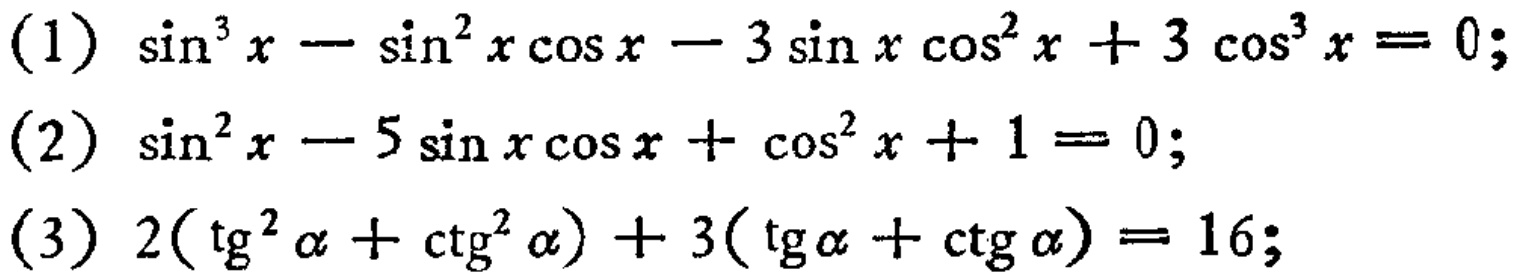
(1) \(\sin^{3}x - \sin^{2}x\cos x - 3\sin x\cos^{2}x + 3\cos^{3}x = 0\);
(2) \(\sin^{2}x - 5\sin x\cos x + \cos^{2}x + 1 = 0\);
(3) \(2(\mathrm{tg}^{2}\alpha+\mathrm{ctg}^{2}\alpha)+3(\mathrm{tg}\alpha+\mathrm{ctg}\alpha)=16\);